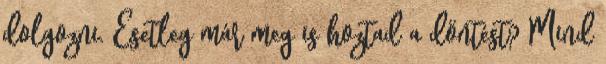
dolgozni. Esetleg már meg is hoztad a döntést? Mind